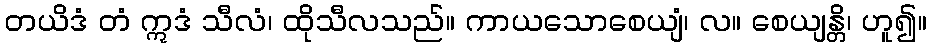
တယိဒံ တံ ဣဒံ သီလံ၊ ထိုသီလသည်။ ကာယသောစေယျံ၊ လ။ စေယျန္တိ၊ ဟူ၍။